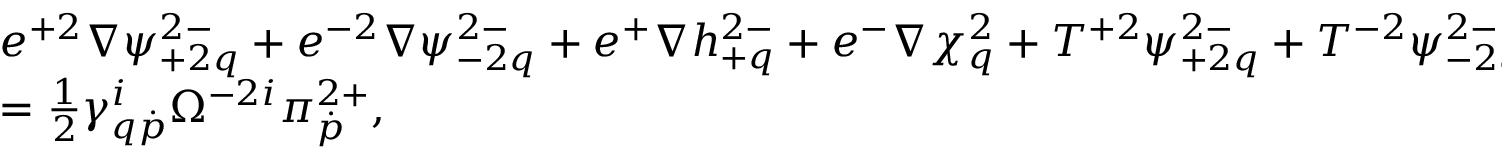
\begin{array} { l } { { e ^ { + 2 } \nabla \psi _ { + 2 q } ^ { 2 - } + e ^ { - 2 } \nabla \psi _ { - 2 q } ^ { 2 - } + e ^ { + } \nabla h _ { + q } ^ { 2 - } + e ^ { - } \nabla \chi _ { q } ^ { 2 } + T ^ { + 2 } \psi _ { + 2 q } ^ { 2 - } + T ^ { - 2 } \psi _ { - 2 q } ^ { 2 - } + T ^ { + } h _ { + q } ^ { 2 - } + T ^ { - } \chi _ { q } ^ { 2 } } } \\ { { = \frac 1 2 \gamma _ { q \dot { p } } ^ { i } \Omega ^ { - 2 i } \pi _ { \dot { p } } ^ { 2 + } , } } \end{array}